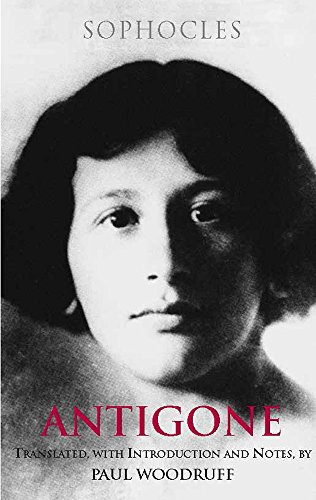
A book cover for Antigone (Hackett Classics); Sophocles; Literature & Fiction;